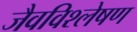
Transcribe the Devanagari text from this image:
जैवविश्लेषण